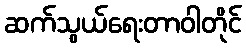
ဆက်သွယ်ရေးတာဝါတိုင်